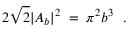
2 \sqrt 2 | A _ { b } | ^ { 2 } \; = \; \pi ^ { 2 } b ^ { 3 } \ \ .